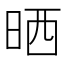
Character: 晒